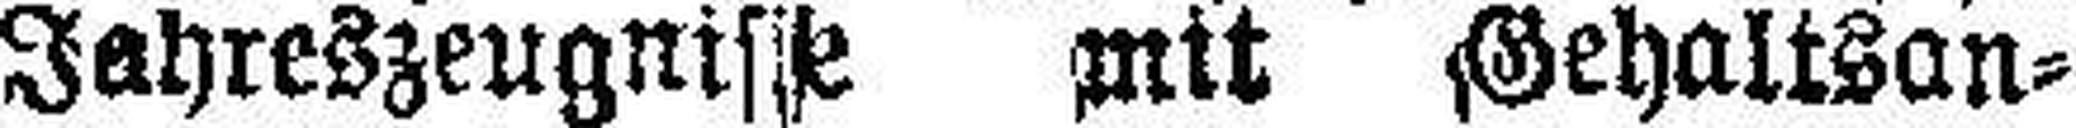
Jahreszeugnisse mit Gehaltsan¬